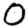
Digit: 0